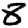
Digit: 8